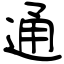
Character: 通